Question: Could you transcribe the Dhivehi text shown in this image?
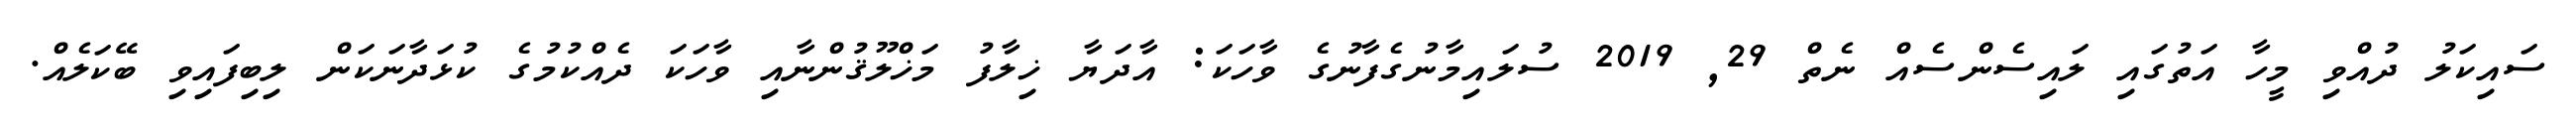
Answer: ސައިކަލު ދުއްވި މީހާ އަތުގައި ލައިސެންސެއް ނެތް 29, 2019 ސުލައިމާނުގެފާނުގެ ވާހަކަ: އާދަޔާ ޚިލާފު މަޚްލޫޤުންނާއި ވާހަކަ ދެއްކުމުގެ ކުޅަދާނަކަން ލިބިފައިވި ބޭކަލެއް.